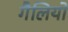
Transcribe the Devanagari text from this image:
गैलियो